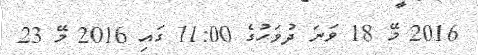
2016 މޭ 18 ވަނަ ދުވަހުގެ 11:00 ގައި 2016 މޭ 23